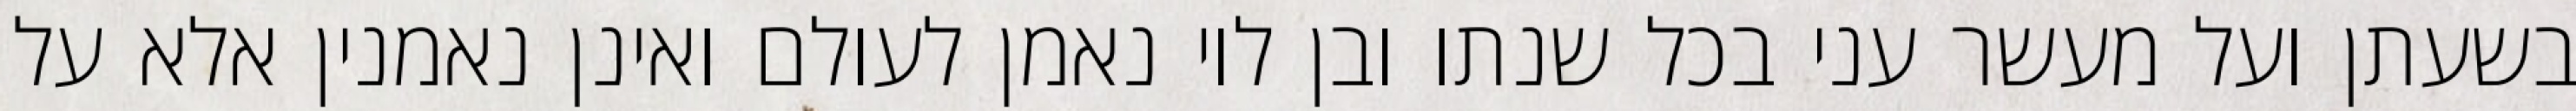
בשעתן ועל מעשר עני בכל שנתו ובן לוי נאמן לעולם ואינן נאמנין אלא על